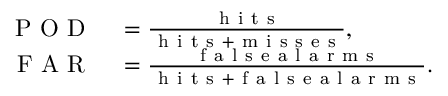
\begin{array} { r l } { \mathrm { ~ P ~ O ~ D ~ } } & { { } = \frac { \mathrm { ~ h ~ i ~ t ~ s ~ } } { \mathrm { ~ h ~ i ~ t ~ s ~ } + \mathrm { ~ m ~ i ~ s ~ s ~ e ~ s ~ } } , } \\ { \mathrm { ~ F ~ A ~ R ~ } } & { { } = \frac { \mathrm { ~ f ~ a ~ l ~ s ~ e ~ a ~ l ~ a ~ r ~ m ~ s ~ } } { \mathrm { ~ h ~ i ~ t ~ s ~ } + \mathrm { ~ f ~ a ~ l ~ s ~ e ~ a ~ l ~ a ~ r ~ m ~ s ~ } } . } \end{array}